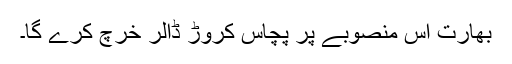
بھارت اس منصوبے پر پچاس کروڑ ڈالر خرچ کرے گا۔